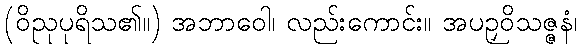
(ဝိညုပုရိသ၏။) အဘာဝေါ၊ လည်းကောင်း။ အပဉှဝိသဇ္ဇနံ၊